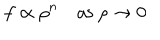
f \propto \rho ^ { n } \quad \mathrm { a s ~ } \rho \rightarrow 0